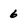
Character: 6